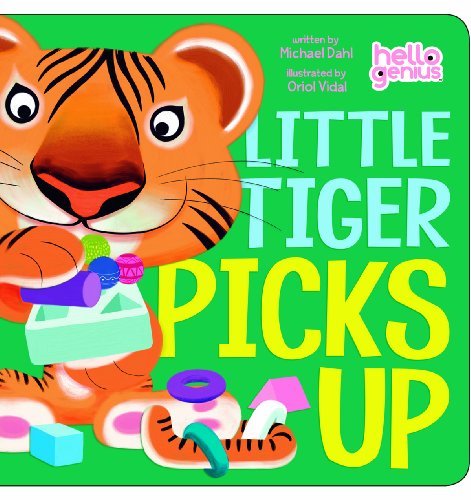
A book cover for Little Tiger Picks Up (Hello Genius); Michael Dahl; Children's Books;